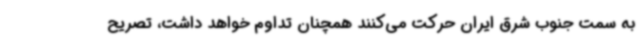
به سمت جنوب شرق ایران حرکت می‌کنند همچنان تداوم خواهد داشت، تصریح